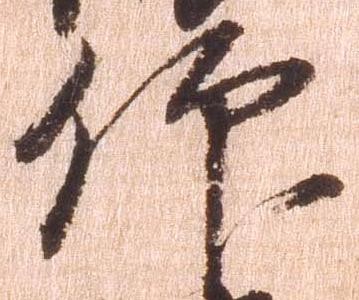
仰